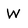
Character: W